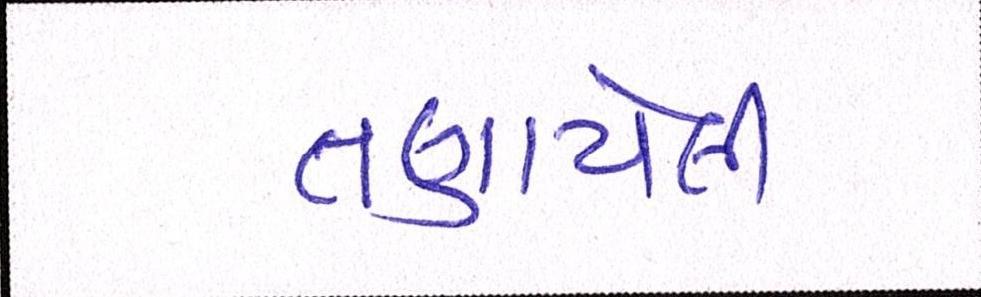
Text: તણાયેલી